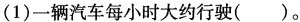
(1)一辆汽车每小时大约行驶( )。